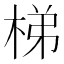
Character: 梯